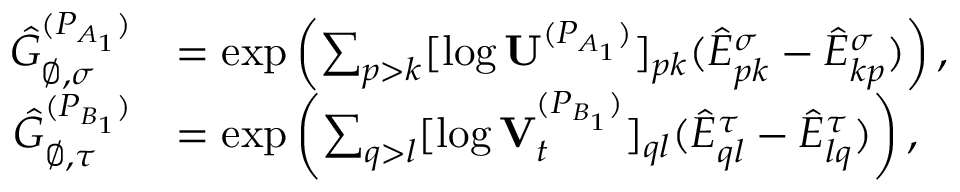
\begin{array} { r l } { \hat { G } _ { \varnothing , \sigma } ^ { ( P _ { A _ { 1 } } ) } } & { = \exp \left( \sum _ { p > k } [ \log \mathbf { U } ^ { ( P _ { A _ { 1 } } ) } ] _ { p k } ( \hat { E } _ { p k } ^ { \sigma } - \hat { E } _ { k p } ^ { \sigma } ) \right) , } \\ { \hat { G } _ { \varnothing , \tau } ^ { ( P _ { B _ { 1 } } ) } } & { = \exp \left( \sum _ { q > l } [ \log \mathbf { V } _ { t } ^ { ( P _ { B _ { 1 } } ) } ] _ { q l } ( \hat { E } _ { q l } ^ { \tau } - \hat { E } _ { l q } ^ { \tau } ) \right) , } \end{array}